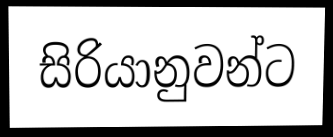
සිරියානුවන්ට